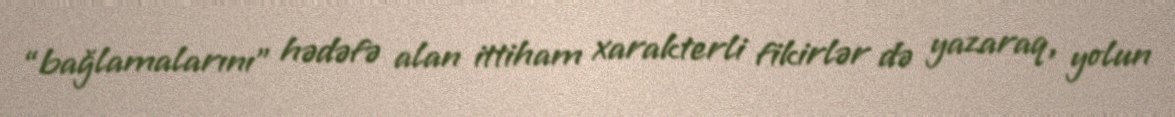
“bağlamalarını” hədəfə alan ittiham xarakterli fikirlər də yazaraq, yolun